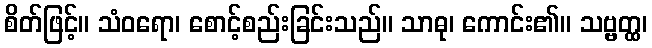
စိတ်ဖြင့်။ သံဝရော၊ စောင့်စည်းခြင်းသည်။ သာဓု၊ ကောင်း၏။ သဗ္ဗတ္ထ၊